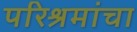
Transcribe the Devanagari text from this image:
परिश्रमांचा